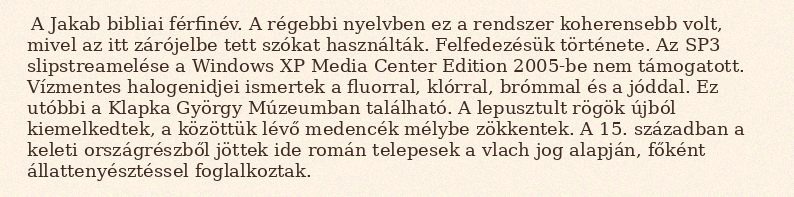
A Jakab bibliai férfinév. A régebbi nyelvben ez a rendszer koherensebb volt, mivel az itt zárójelbe tett szókat használták. Felfedezésük története. Az SP3 slipstreamelése a Windows XP Media Center Edition 2005-be nem támogatott. Vízmentes halogenidjei ismertek a fluorral, klórral, brómmal és a jóddal. Ez utóbbi a Klapka György Múzeumban található. A lepusztult rögök újból kiemelkedtek, a közöttük lévő medencék mélybe zökkentek. A 15. században a keleti országrészből jöttek ide román telepesek a vlach jog alapján, főként állattenyésztéssel foglalkoztak.